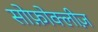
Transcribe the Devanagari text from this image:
सोफ़ोक्लीज़